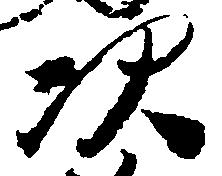
次